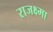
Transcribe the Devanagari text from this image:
राजक्ष्मा